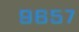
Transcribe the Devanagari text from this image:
९६५७